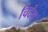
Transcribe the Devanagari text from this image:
चिदंश